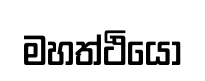
මහත්ථියො